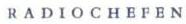
RADIOCHEFEN